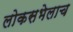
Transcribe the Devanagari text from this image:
लोकसभेलाच